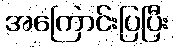
အကြောင်းပြပြီး